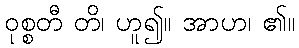
ဝုစ္စတီ တိ၊ ဟူ၍။ အာဟ၊ ၏။